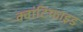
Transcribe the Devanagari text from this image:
क्वांटिफाइड